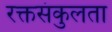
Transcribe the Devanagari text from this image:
रक्तसंकुलता